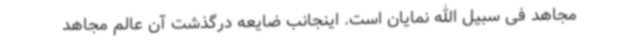
مجاهد فی سبیل الله نمایان است. اینجانب ضایعه درگذشت آن عالم مجاهد